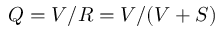
Q = V / R = V / ( V + S )